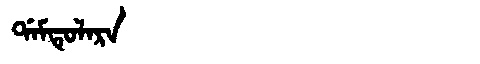
Manchu: ᡩᠠᠮᡨᡠᠯᠠᡵᠠ
Romanization: DAMTULARA